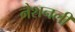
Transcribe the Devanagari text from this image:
नैशनली